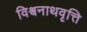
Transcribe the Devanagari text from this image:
विश्वनाथवृत्ति